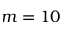
m = 1 0